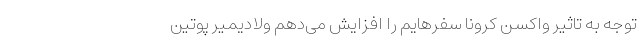
توجه به تاثیر واکسن کرونا سفرهایم را افزایش می‌دهم ولادیمیر پوتین